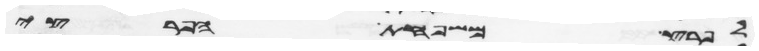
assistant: לפרץ משפחת הפריצי